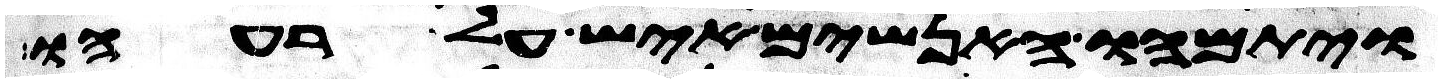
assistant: ויתמהו האנשים איש על רעהו